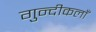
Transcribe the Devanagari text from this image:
गुन्दीकलाँ